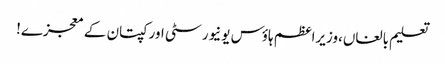
تعلیم بالغاں،وزیراعظم ہاؤس یونیورسٹی اور کپتان کے معجزے!